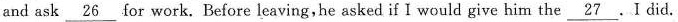
and ask \underline{26} for work. Before leaving,he asked if I would give him the \underline{27}. I did.